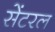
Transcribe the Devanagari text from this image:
सेंटरल